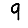
Digit: 9